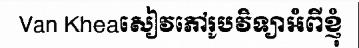
Van Kheaសៀវភៅរូបវិទ្យាអំពីខ្ញុំ